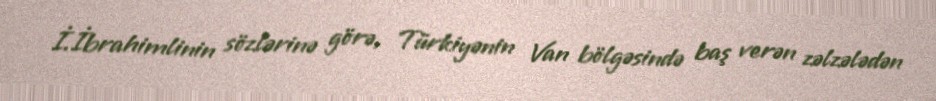
İ.İbrahimlinin sözlərinə görə, Türkiyənin Van bölgəsində baş verən zəlzələdən